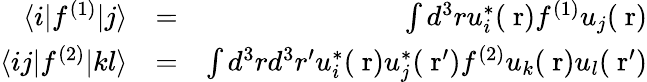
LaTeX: \begin{array}{rlr}{\langle i|f^{(1)}|j\rangle}&{=}&{\int d^{3}ru_{i}^{*}(\mathrm{\mathbf~r})f^{(1)}u_{j}(\mathrm{\mathbf~r})}\\ {\langle ij|f^{(2)}|kl\rangle}&{=}&{\int d^{3}rd^{3}r^{\prime}u_{i}^{*}(\mathrm{\mathbf~r})u_{j}^{*}(\mathrm{\mathbf~r}^{\prime})f^{(2)}u_{k}(\mathrm{\mathbf~r})u_{l}(\mathrm{\mathbf~r}^{\prime})}\end{array}